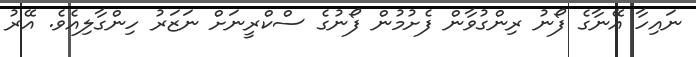
ނައިހާ އޭނާގެ ފޯނު ރިންގުވާން ފެށުމުން ފޯނުގެ ސްކްރީނަށް ނަޒަރު ހިންގާލިއެވެ. އޭރު